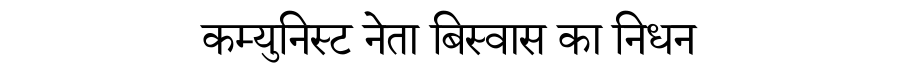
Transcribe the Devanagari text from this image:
कम्युनिस्ट नेता बिस्वास का निधन